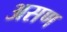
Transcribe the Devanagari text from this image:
असण